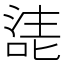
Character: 㗟